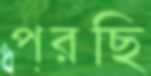
পরছি